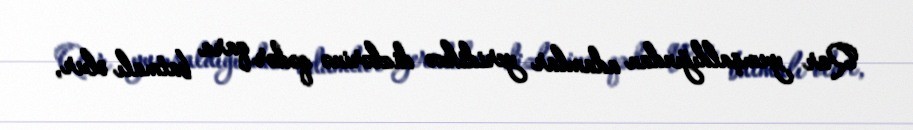
Qar yumşaldığından adamlar yeridikcə dizlərinə qədər qara batmalı olur,